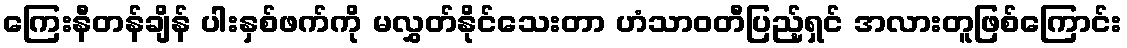
ကြေးနီတန်ချိန် ပါးနှစ်ဖက်ကို မလွှတ်နိုင်သေးတာ ဟံသာဝတီပြည့်ရှင် အလားတူဖြစ်ကြောင်း